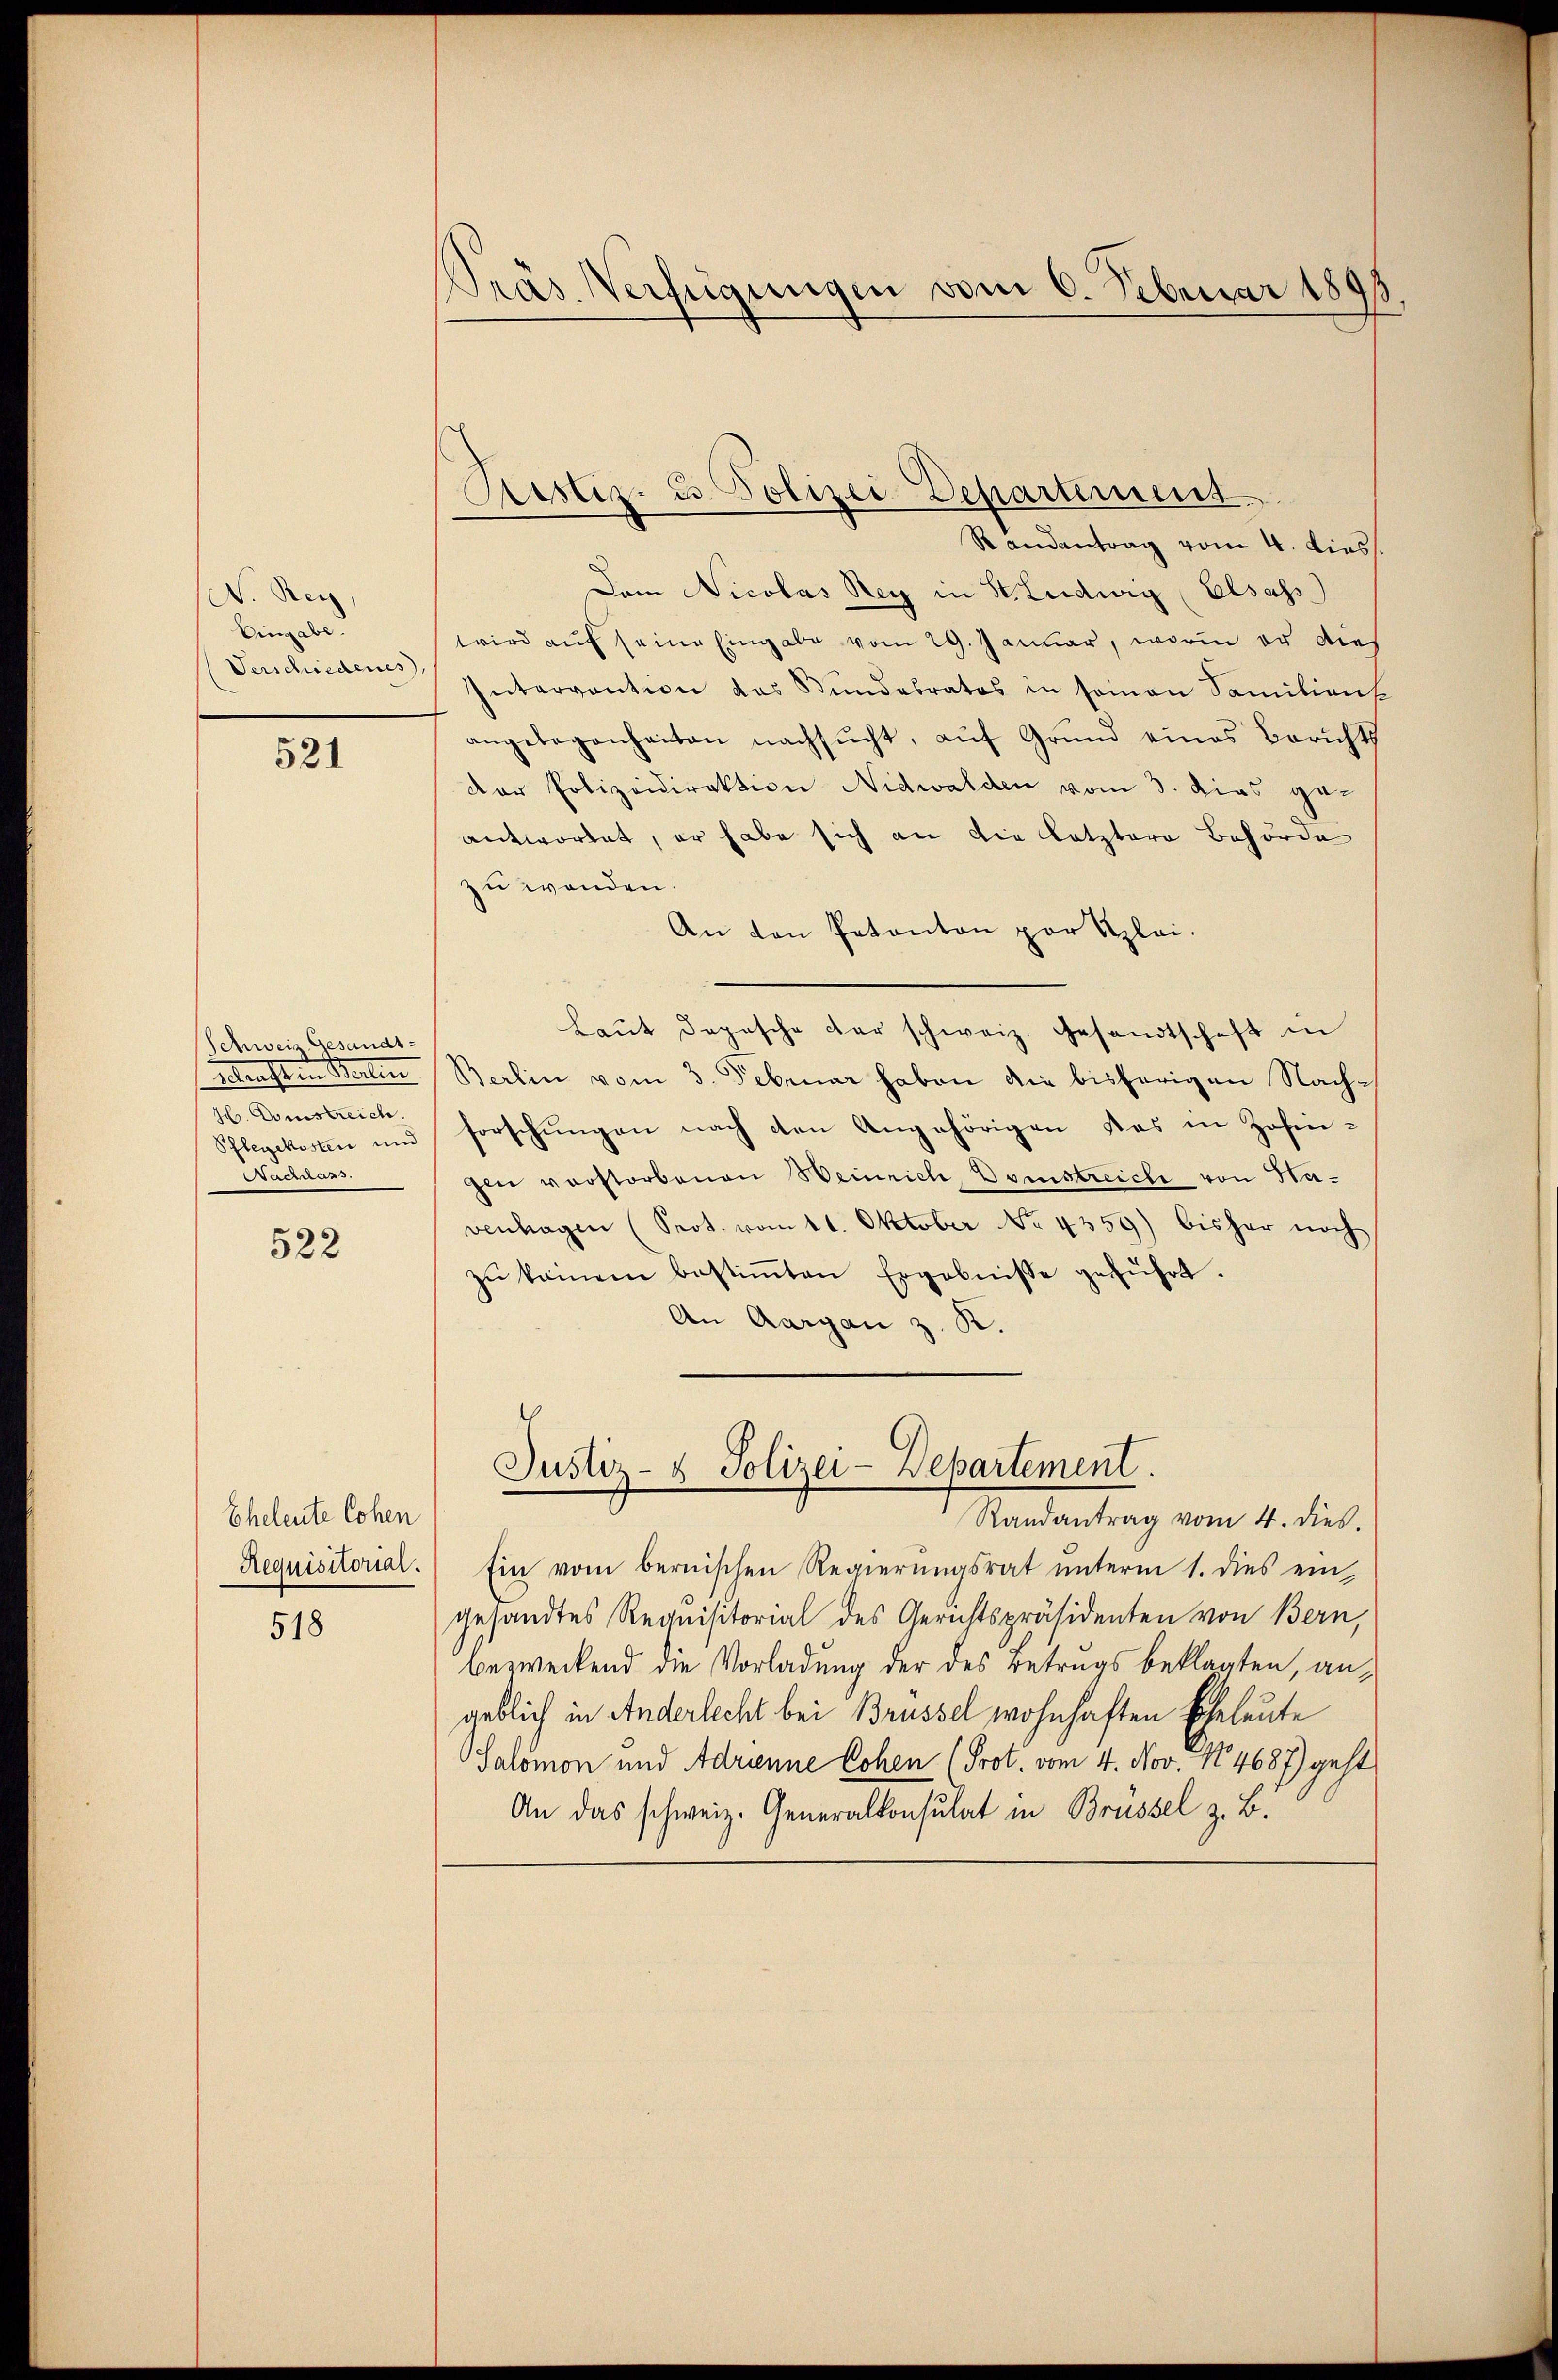
V. Rey,
Eingabe.

521

Schweiz Gesandt-
H. Domstreich.
u5.

522

Randantrag vom 4. dies
Dem Nicolas Rey in St. Ludwig Elsass
wwird auf seine Eingabe vom 29. Januar, worin er dies
Verschieden Intervention das Bundebratos in seinen Familiens
angebogenheiten nachsŭcht, aŭf Grŭnd eines Berichts
der Polizeidirektion Nidwalden vom 3. dies geantwortet, er habe sich an die letztere Behörde
zu wenden.
An den Patanton par Klei¬
Laŭt dopesche der schweiz. Gesandtschaft in
obersten Berlin Berlin vom 3. Februar haben die bisherigen Nach¬
Pflegekosten und Forschungen nach den Angehörigen das in Zofinzin verstorbenen Weinrich, Domstreich von Havenhagen (Seot. vom 11. Oktober No. 4359) bisher noch
zŭ keinen bestiṁten Ergebnisse geführt.
An Aargau z. R.

Eheleute Cohen
Requisitorial.
518

Pras Verfügungen vom 6. Februar 1898

Ristiz- u. Polizei Departement

Justiz- & Polizei-Departement.

Mandartung vom 4. dies.
Ein vom bernischen Regierŭngsrat ŭnterm 1. dies ein
gesandtes Requisitorial des Gerichtspräsidenten von Bern,
bezweckend die Vorladung der des Betrags beklagten, angeblich in Anderlecht bei Brüssel wohnhaften Eheleute
Salomon und Adrienne Cohen (Prot. vom 4. Nov. N. 4687) geht
An das schweiz. Generalkonsulat in Brüssel z. B.